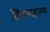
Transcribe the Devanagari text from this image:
लिंगमाहात्म्य